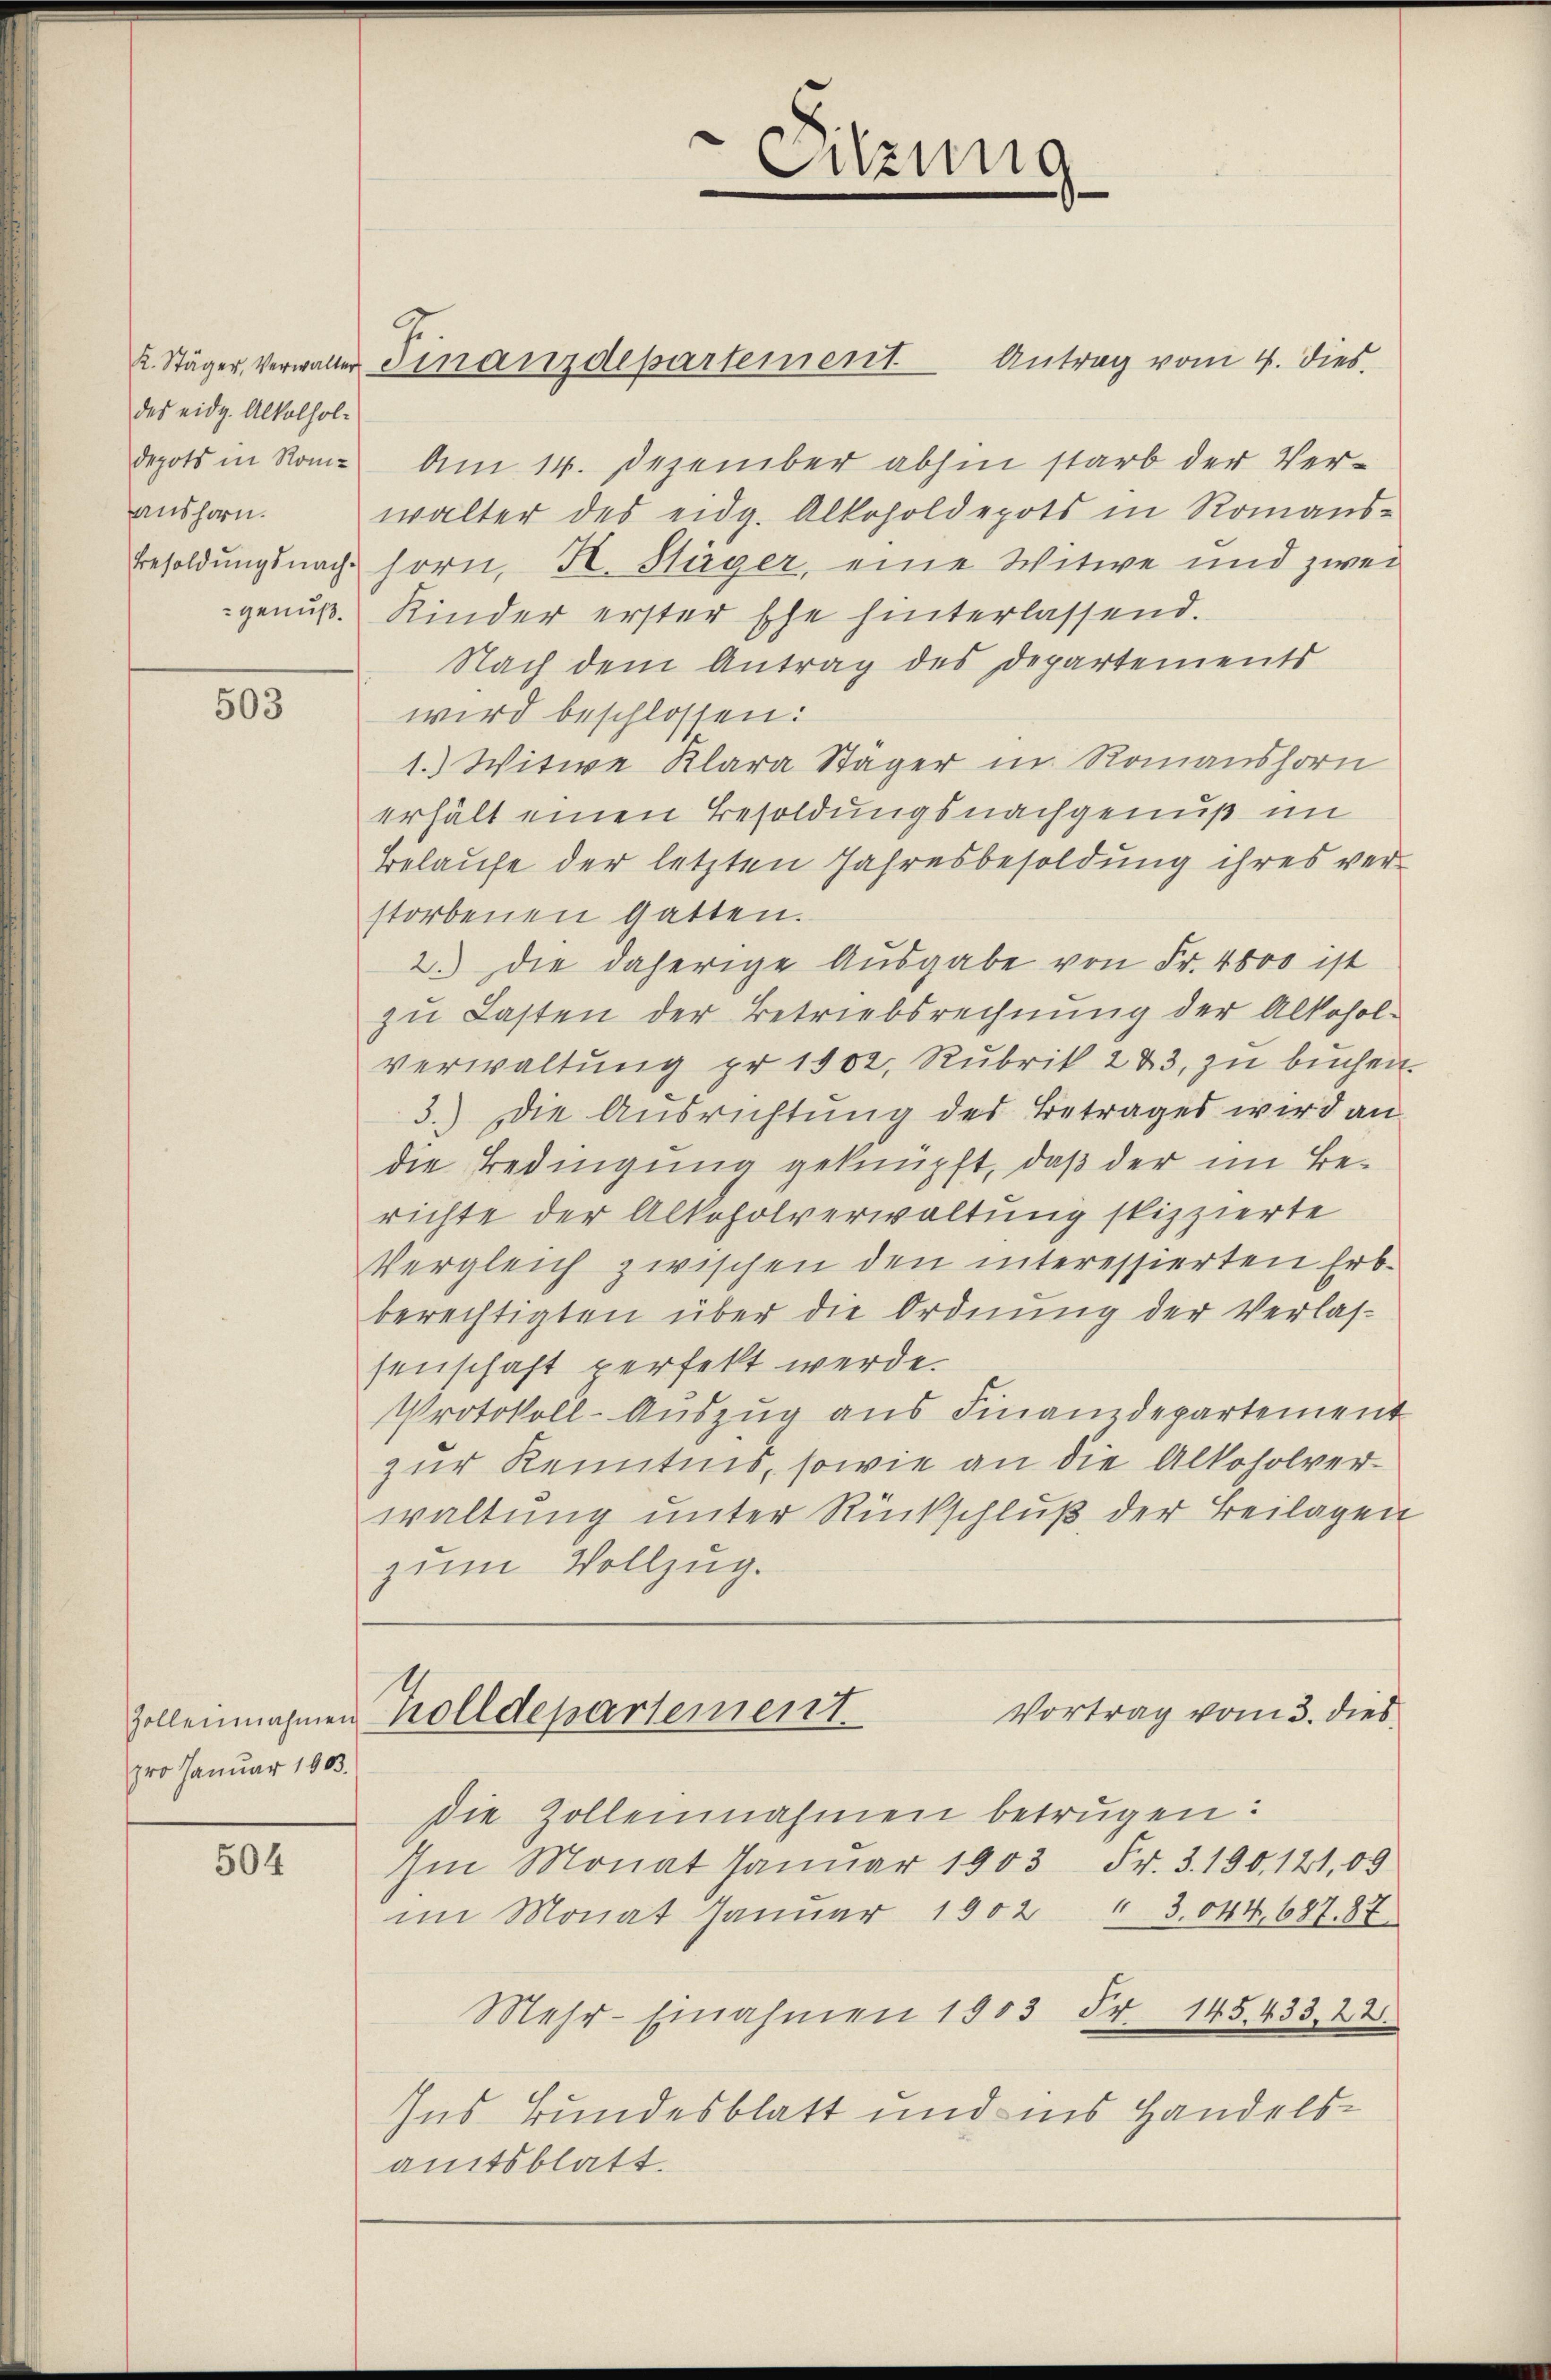
des eidg. Alkolhol¬

503

pro Januar 1803.

504

k. Stäger, verwalter Finanzdepartement Antrag vom 4. dies.
depots in Rom. Am 14. Dezember abhin starb der Veraushorn. Walter des eidg. Alkoholdepots in Romans-
Besoldungsnach horn, H. Stäger, eine Witwe und zwei
genuß. Kinder erster Ehe hinterlassend.
Nach dem Antrag des Departements
wird beschlossen:
1.) Witwe Klara Stäger in Romanshorn
erhält einen Besoldungsnachgenuß im
Belaufe der letzten Jahresbesoldung ihres verstorbenen Gatten.
2.) Die daherige Ausgabe von Fr. 4000 ist
zu Lasten der Betriebsrechnung der Alkohol-
verwaltung pr 1902, Rubrik 223, zu buchen.
3.) Die Ausrichtung des Betrages wird an
die Bedingung geknüpft, daß der im Berichte der Alkoholverwaltung spizzierte
Vergleich zwischen den interessierten Erb-
berechtigten über die Ordnung der Verlassenschaft perfekt werde.
Protokoll-Auszug aus Finanzdepartement
zur Kenntnis, sowie an die Alkoholverwaltung unter Rückschluß der Beilagen
zum Vollzug.
Vortrag vom 3. dies
zolleinahmen Zolldepartement
die Zolleinnahmen betrügen:
Im Monat Januar 1903 Fr. 3. 190, 121,09
im Monat Januar 1902 " 3044. 687. 87
Mehr-Einahmen 1903 Fr. 145. 433, 22.
Ins Bundesblatt und ins Handelsamtsblatt.

Sitzung
n